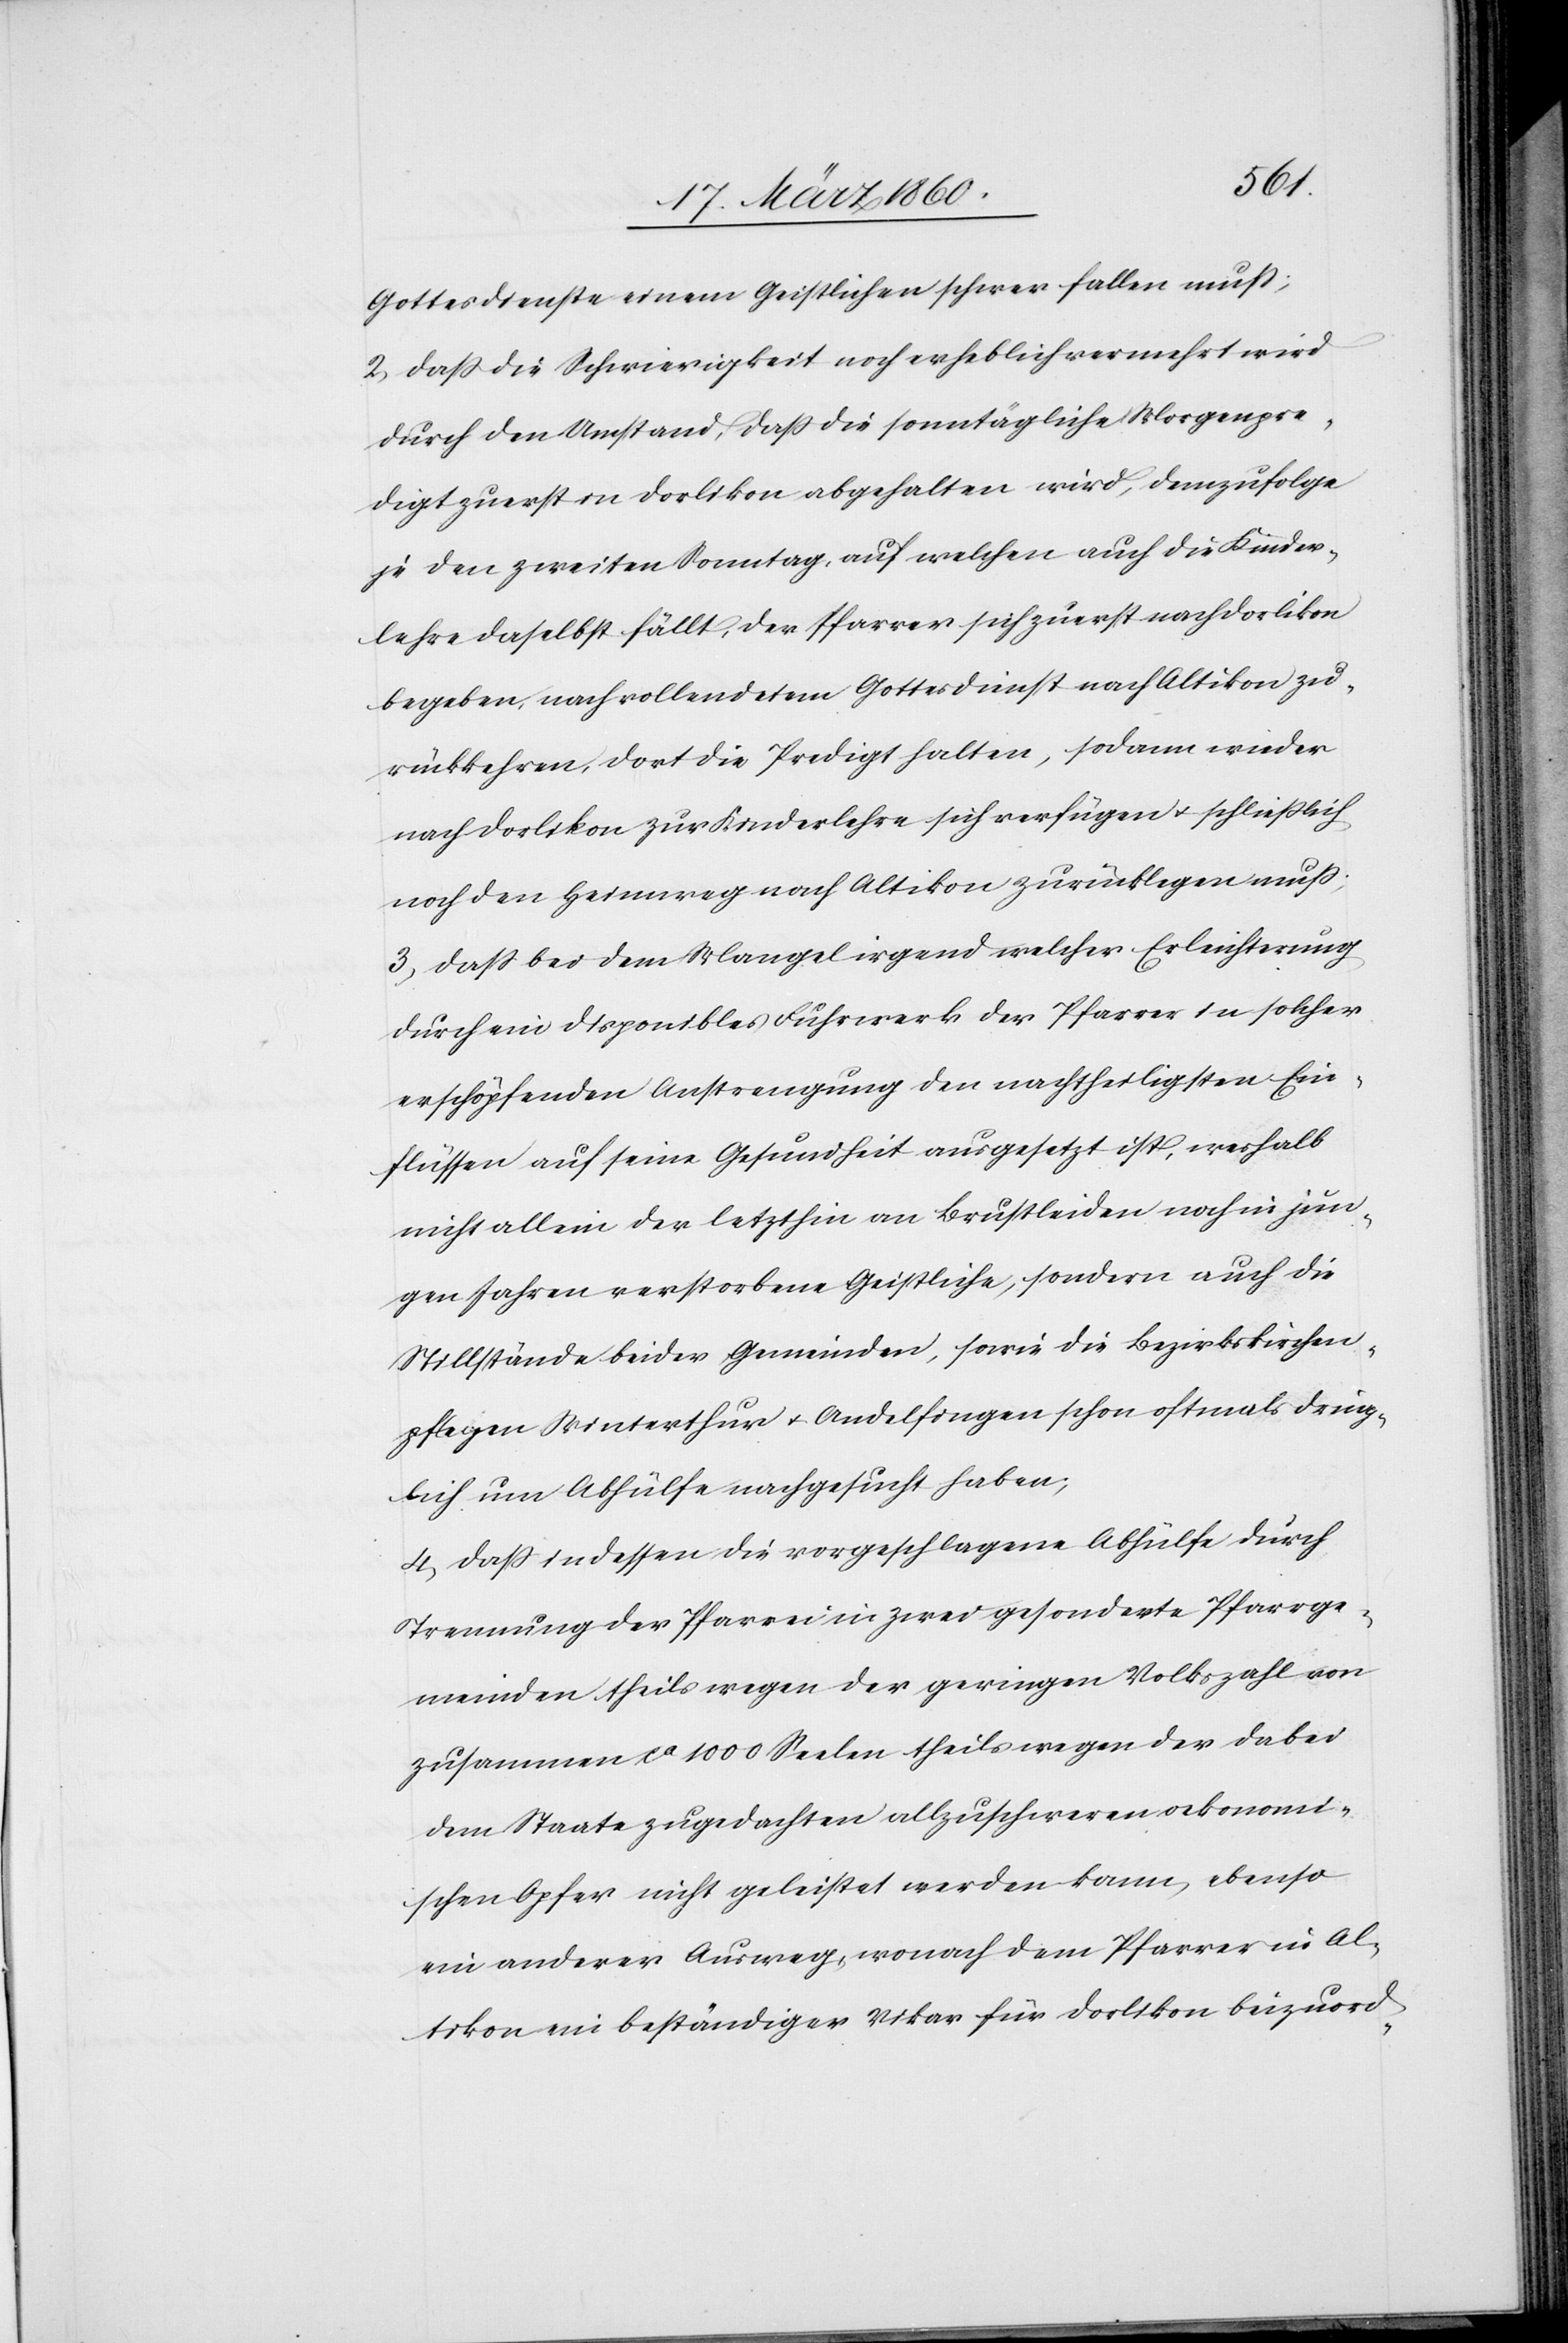
Gottesdienste einem Geistlichen schwer fallen muss;
2. Dass die Schwierigkeit noch erheblich vermehrt wird
durch den Umstand, dass die sonntägliche Morgenpre¬
digt zuerst in Dorlikon abgehalten wird, demzufolge
je den zweiten Sonntag, auf welchen auch die Kinder¬
lehre daselbst fällt, der Pfarrer sich zuerst nach Dorlikon
begeben, nach vollendetem Gottesdienst nach Altikon zu¬
rückkehren, dort die Predigt halten, sodann wieder
nach Dorlikon zur Kinderlehre sich verfügen u. schließlich
noch den Heimweg nach Altikon zurücklegen muss;
3. Dass bei dem Mangel irgend welcher Erleichterung
durch ein disponibles Fuhrwerk der Pfarrer in solcher
erschöpfenden Anstrengung den nachtheiligsten Ein¬
flüssen auf seine Gesundheit ausgesetzt ist, weshalb
nicht allein der letzthin am Brustleiden noch in jun¬
gen Jahren verstorbene Geistliche, sondern auch die
Stillstände beider Gemeinden, sowie die Bezirkskirchen¬
pflegen Winterthur u. Andelfingen schon oftmals dring¬
lich um Abhülfe nachgesucht haben;
4. Dass indessen die vorgeschlagene Abhülfe durch
Trennung der Pfarrei in zwei gesonderte Pfarrge¬
meinden theils wegen der geringen Volkszahl von
zusammen ca 1000 Seelen theils wegen der dabei
dem Staate zugedachten allzuschweren oekonomi¬
schen Opfer nicht geleistet werden kann, ebenso
ein anderer Ausweg, wonach dem Pfarrer in Al¬
tikon ein beständiger Vikar für Dorlikon beizuord-